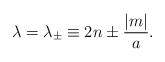
LaTeX: \begin{align*}\lambda = \lambda_{\pm} \equiv 2n \pm {|m| \over a}.\end{align*}